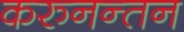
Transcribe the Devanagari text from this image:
करुनन्तन